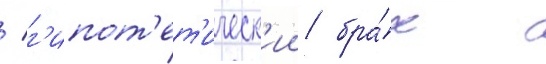
/ г'ипот'ет'ическ'ии бра́к с